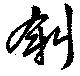
斜